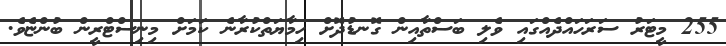
255 މީޓަރު ސަރަހައްދެއްގައި ވެލި ބަސްތާއިން ގޮނޑުދޮށް ހިމާޔަތްކުރާނެ ކަމަށް މިނިސްޓްރީން ބުންޏެވެ.